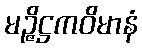
မဉ္ဇိဋ္ဌကဝိမာနံ